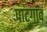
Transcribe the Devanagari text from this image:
पाटगाव